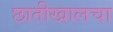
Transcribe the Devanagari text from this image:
छातीखालचा